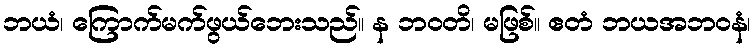
ဘယံ၊ ကြောက်မက်ဖွယ်ဘေးသည်။ န ဘဝတိ၊ မဖြစ်။ ဧတံ ဘယအဘဝနံ၊